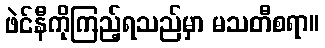
ဖဲင်နီကိုကြည့်ရသည်မှာ မသတီစရာ။